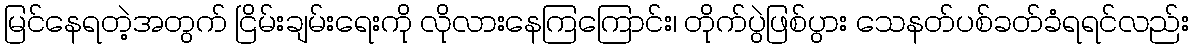
မြင်နေရတဲ့အတွက် ငြိမ်းချမ်းရေးကို လိုလားနေကြကြောင်း၊ တိုက်ပွဲဖြစ်ပွား သေနတ်ပစ်ခတ်ခံရရင်လည်း